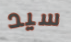
سيد